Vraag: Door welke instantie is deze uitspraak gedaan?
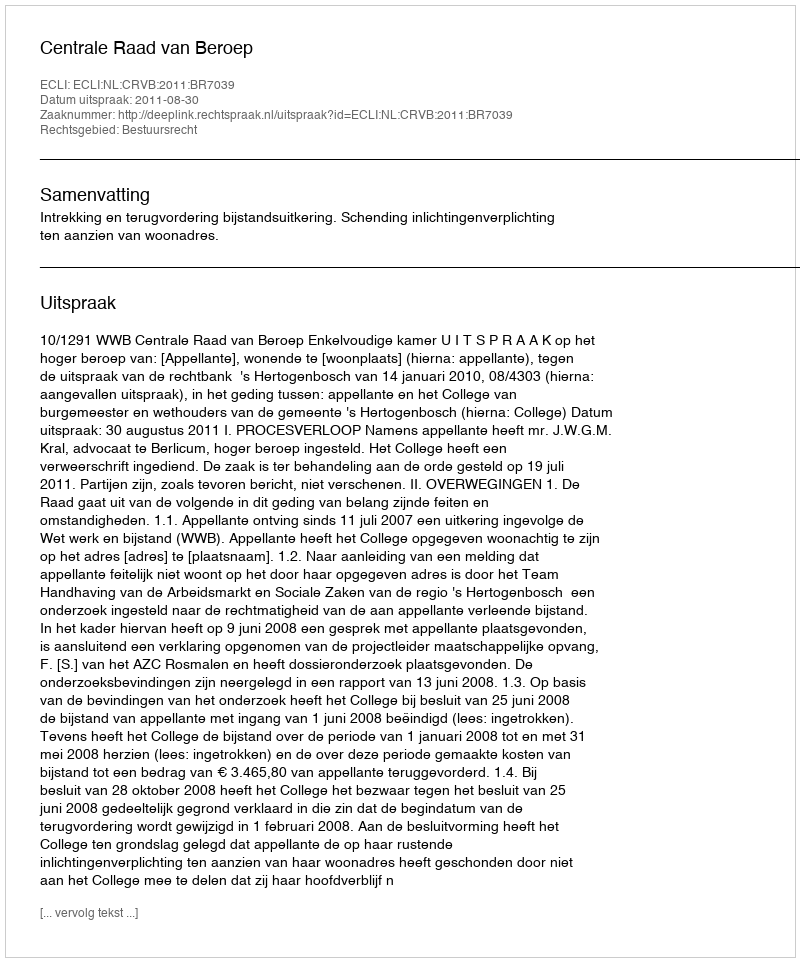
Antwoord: Centrale Raad van Beroep